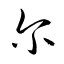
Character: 尓